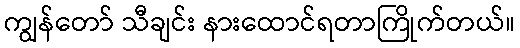
ကျွန်တော် သီချင်း နားထောင်ရတာကြိုက်တယ်။